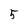
Character: 5